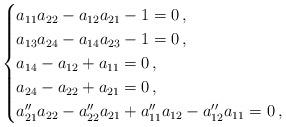
LaTeX: \begin{align*}\begin{cases} a_{11}a_{22}-a_{12}a_{21}-1=0\,,\\ a_{13}a_{24}-a_{14}a_{23}-1=0\,,\\ a_{14}-a_{12}+a_{11}=0\,,\\ a_{24}-a_{22}+a_{21}=0\,,\\ a_{21}''a_{22}-a_{22}''a_{21}+a_{11}''a_{12}-a_{12}''a_{11}=0\,,\end{cases}\end{align*}